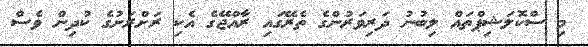
މި ސްކޮލަޝިޕްތައް ލިބުނު ދަރިވަރުންގެ ތެރޭގައި ރާއްޖޭގެ އެކި ރަށްރަށުގެ ކުދިން ވެސް